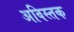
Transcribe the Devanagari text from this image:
अविस्तक